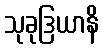
သုခုဒြယာနိ